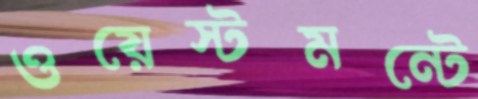
ওয়েস্টমন্টে